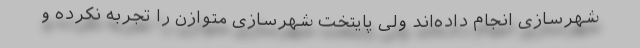
شهرسازی انجام داده‌اند ولی پایتخت شهرسازی متوازن را تجربه نکرده و